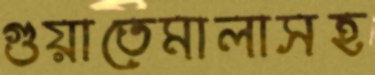
গুয়াতেমালাসহ